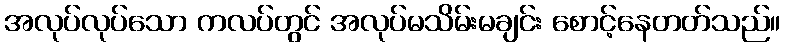
အလုပ်လုပ်သော ကလပ်တွင် အလုပ်မသိမ်းမချင်း စောင့်နေတတ်သည်။